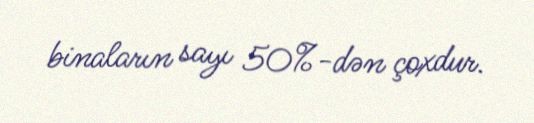
binaların sayı 50%-dən çoxdur.